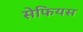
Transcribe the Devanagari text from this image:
सेफियस